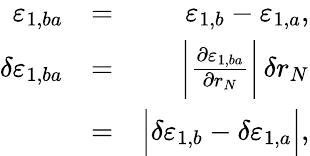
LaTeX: \begin{array}{rlr}{\varepsilon_{1,ba}}&{=}&{\varepsilon_{1,b}-\varepsilon_{1,a},}\\ {\delta\varepsilon_{1,ba}}&{=}&{\bigg|\frac{\partial\varepsilon_{1,ba}}{\partial r_{N}}\bigg|\, \delta r_{N}}\\ &{=}&{\Big|\delta\varepsilon_{1,b}-\delta\varepsilon_{1,a}\Big|,}\end{array}